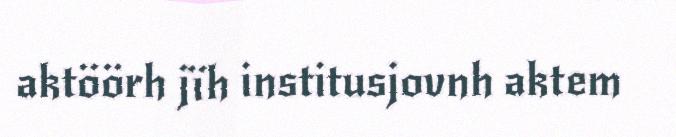
aktöörh jïh institusjovnh aktem